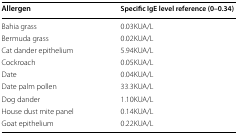
| Allergen | Specific IgE level reference (0–0.34) |
 | --- | --- |
 | Bahia grass | 0.03KUA/L |
 | Bermuda grass | 0.02KUA/L |
 | Cat dander epithelium | 5.94KUA/L |
 | Cockroach | 0.05KUA/L |
 | Date | 0.04KUA/L |
 | Date palm pollen | 33.3KUA/L |
 | Dog dander | 1.10KUA/L |
 | House dust mite panel | 0.14KUA/L |
 | Goat epithelium | 0.22KUA/L |